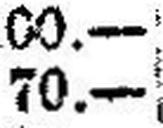
70.—